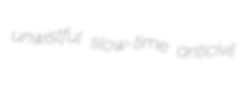
unwistful slow-time anticivil